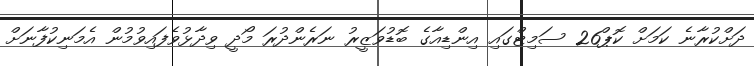
ދަށްކުރާނެ ކަމަށް ކޮޕް26 ސަމިޓްގައި އިންޑިއާގެ ބޮޑުވަޒީރު ނަރެންދުރަ މޯދީ ވިދާޅުވެފައިވުމުން އެމަނިކުފާނަށް